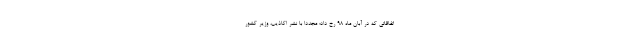
اتفاقاتی که در آبان ماه ۹۸ رخ داد؛ مجدداً با نشر اکاذیب، وزیر کشور